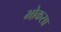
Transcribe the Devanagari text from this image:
भोकसा